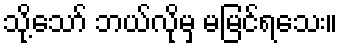
သို့သော် ဘယ်လိုမှ မမြင်ရသေး။